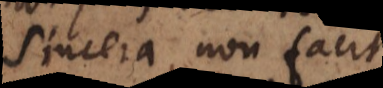
sincera non facit.